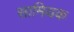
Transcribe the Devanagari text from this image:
सामियक